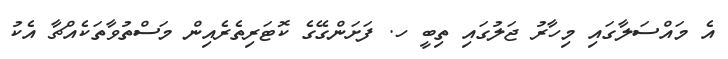
އެ މައްސަލާގައި މިހާރު ޖަލުގައި ތިބީ ހ. ފަށަންގޭގެ ކޮޓަރިތެރެއިން މަސްތުވާތަކެއްޗާ އެކު